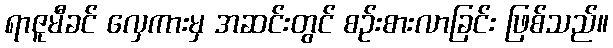
ရာဇူမီခင် လှေကားမှ အဆင်းတွင် စဉ်းစားလာခြင်း ဖြစ်သည်။